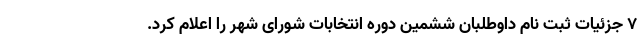
۷ جزئیات ثبت نام داوطلبان ششمین دوره انتخابات شورای شهر را اعلام کرد.